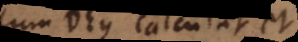
Cum Deus calculat et